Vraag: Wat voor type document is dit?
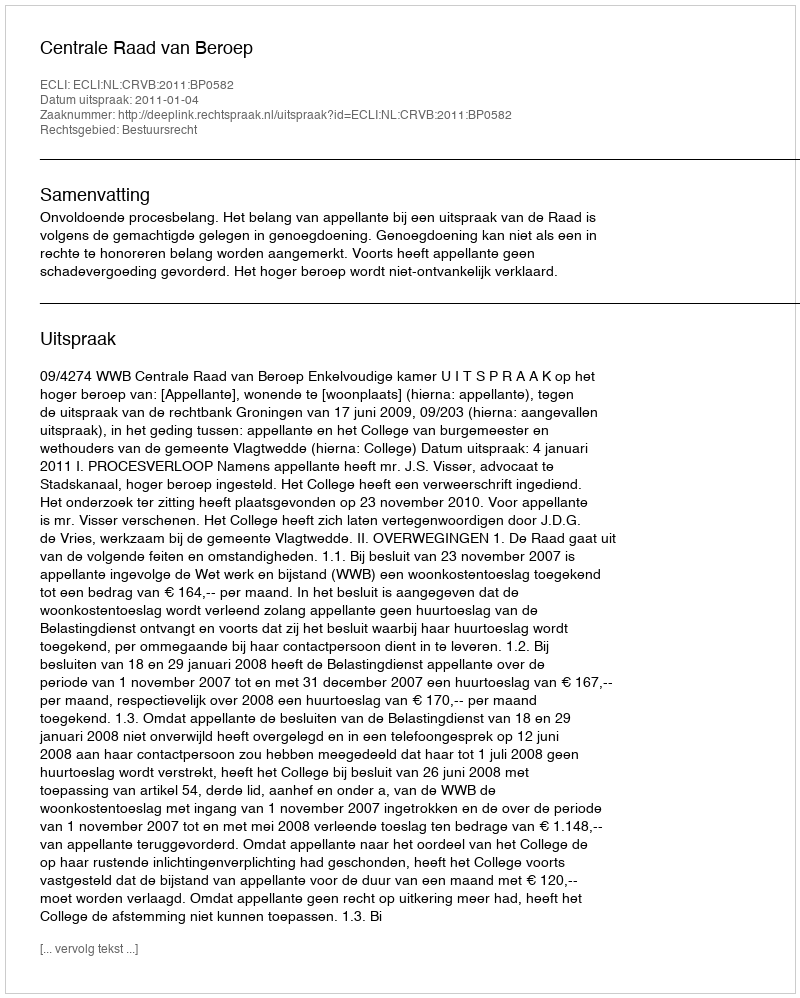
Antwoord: Uitspraak